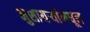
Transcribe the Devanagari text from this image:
मुशायऱ्यांमधून